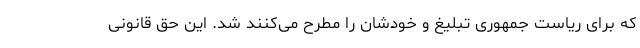
که برای ریاست جمهوری تبلیغ و خودشان را مطرح می‌کنند شد. این حق قانونی